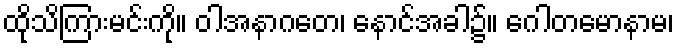
ထိုသိကြားမင်းကို။ ဝါအနာဂတေ၊ နောင်အခါ၌။ ဂေါတမောနာမ၊